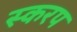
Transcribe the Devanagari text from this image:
स्करप